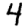
Digit: 4